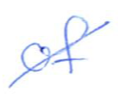
Text: of
Cross-out: diagonal
Writing tool: ballpoint